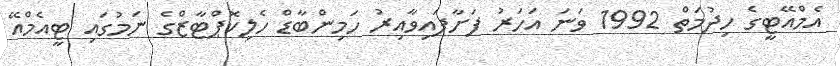
އެމްއޭޓީގެ ހިދުމަތް 1992 ވަނަ އަހަރު ފަށާފައިވާއިރު ހަމިންބާޑް ހެލިކޮޕްޓާޒްގެ ނަމުގައި ޓީއެމްއޭ